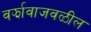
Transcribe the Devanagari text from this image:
वर्झावाजवळील